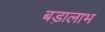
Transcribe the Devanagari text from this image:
बड़ालाभ